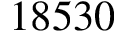
1 8 5 3 0